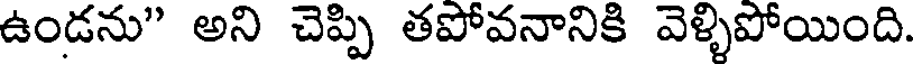
ఉండను" అని చెప్పి తపోవనానికి వెళ్ళిపోయింది.